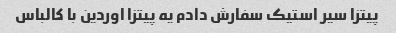
پیتزا سیر استیک سفارش دادم یه پیتزا اوردین با کالباس